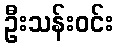
ဦးသန်းဝင်း